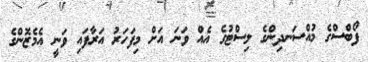
ފޯބްސްގެ މުއްސަނދިންގެ ލިސްޓުގެ އެއް ވަނަ އަށް މިފަހަރު އަރާފައި ވަނީ އެމެޒޮންގެ